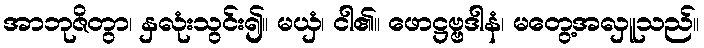
အာဘုဇိတွာ၊ နှလုံးသွင်း၍။ မယှံ၊ ငါ၏။ ဖောဋ္ဌဗ္ဗဒါနံ၊ မတွေ့အလှူသည်။